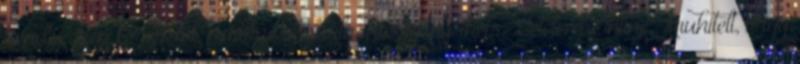
rendszerén keresztül, matrac vásárláshoz igényelhetsz Cetelem Online Áruhitelt, vagy